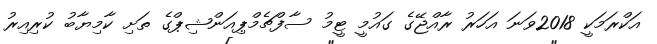
އަކްރަމަކީ 2018ވަނަ އަހަރު ރާއްޖޭގެ ގައުމީ ޓީމު ސާފްޗެމްޕިއަންޝިޕްގެ ތަށި ކާމިޔާބު ކުރިއިރު